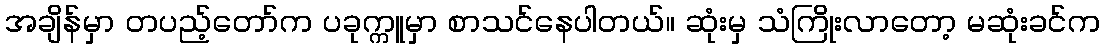
အချိန်မှာ တပည့်တော်က ပခုက္ကူမှာ စာသင်နေပါတယ်။ ဆုံးမှ သံကြိုးလာတော့ မဆုံးခင်က